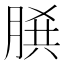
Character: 𦜞